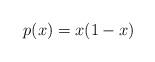
LaTeX: \begin{align*}p(x) = x(1-x)\end{align*}